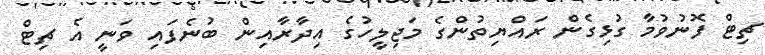
ޗިޓް ފޮނުވުމާ ގުޅިގެން ރައްޔިތުންގެ މަޖިލީހުގެ އިދާރާއިން ބުނެފައި ވަނީ އެ ޗިޓް